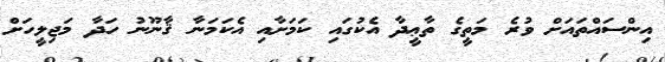
އިންސައްތައަށް ވުރެ މަތީގެ ތާޢީދާ އެކުގައި ކަމަށާއި އެކަމަނާ ޤާނޫނު ހަދާ މަޖިލީހަށް